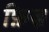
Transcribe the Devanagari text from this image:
फ़िज़